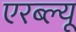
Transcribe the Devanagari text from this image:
एरब्ल्यू